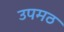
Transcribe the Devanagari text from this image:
उपमठ